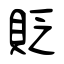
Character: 貶